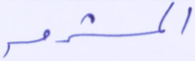
المشرق